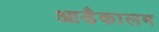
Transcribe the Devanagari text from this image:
आडैकालम